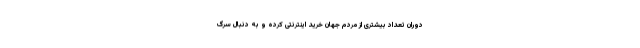
دوران تعداد بیشتری از مردم جهان خرید اینترنتی کرده و به دنبال سرگ